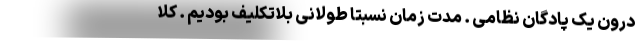
درون یک پادگان نظامی . مدت زمان نسبتا طولانی بلاتکلیف بودیم . کلا